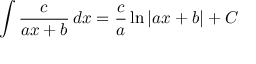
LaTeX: \int { \frac { c } { a x + b } } \, d x = { \frac { c } { a } } \ln \left| a x + b \right| + C